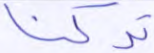
تركنا